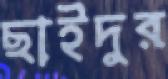
ছাইদুর